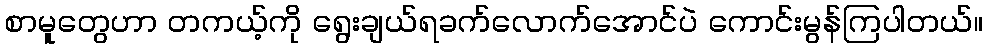
စာမူတွေဟာ တကယ့်ကို ရွေးချယ်ရခက်လောက်အောင်ပဲ ကောင်းမွန်ကြပါတယ်။